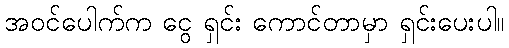
အဝင်ပေါက်က ငွေ ရှင်း ကောင်တာမှာ ရှင်းပေးပါ။